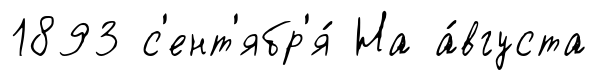
1893 с'ент'ябр'я́ На а́вгуста